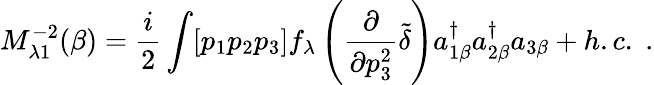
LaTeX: M_{\lambda 1}^{-2}(\beta)=\frac{i}{2}\int[p_{1}p_{2}p_{3}]f_{\lambda}\left(\frac{\partial}{\partial p_{3}^{2}}\tilde{\delta}\right)a_{1\beta}^{\dagger}a_{2\beta}^{\dagger}a_{3\beta}+h.c.\; .